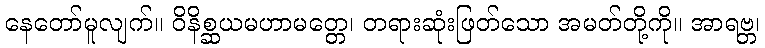
နေတော်မူလျက်။ ဝိနိစ္ဆယမဟာမတ္တေ၊ တရားဆုံးဖြတ်သော အမတ်တို့ကို။ အာရဗ္ဘ၊